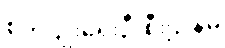
စိုက်ပျိုးရေးဦးစီးဌာနမှ